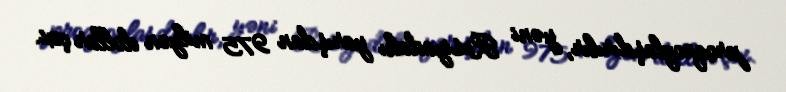
proqnozlaşdırılır, yəni Rusiyadakı yarışdan 975 milyon dollar çox.